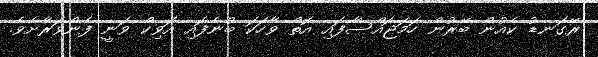
ރޭގަނޑު ކެއުން ބޭރުން ހަމަޖައްސާފައި އޮތް ވާހަކަ ބުނެފައި އަވިކް ވަނީ ފެންވަރާށެވެ.